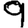
Digit: 9